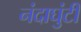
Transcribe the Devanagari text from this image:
नंदाघुंटी